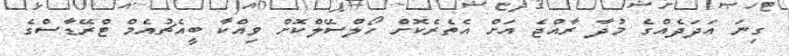
ގިނަ އަދަދެއްގެ މުދާ ރާއްޖެ އަށް އެތެރެކޮށް ހޯލްސޭލްކޮށް ވިއްކާ ބީއެޗުއެމް ޓްރޭޑާސްގެ